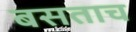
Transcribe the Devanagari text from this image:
बसताच